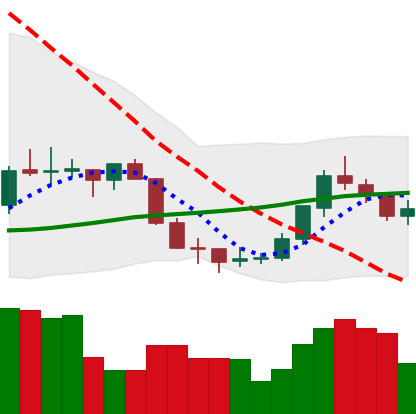
Ticker: EOS-USD
Chart end date: 2018-07-21
Forward return: 3.432%
Label: up_3_5